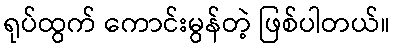
ရုပ်ထွက် ကောင်းမွန်တဲ့ ဖြစ်ပါတယ်။